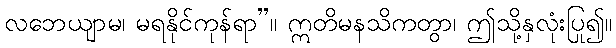
လဘေယျာမ၊ မရနိုင်ကုန်ရာ”။ ဣတိမနသိကတွာ၊ ဤသို့နှလုံးပြု၍။